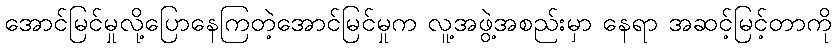
အောင်မြင်မှုလို့ပြောနေကြတဲ့အောင်မြင်မှုက လူ့အဖွဲ့အစည်းမှာ နေရာ အဆင့်မြင့်တာကို